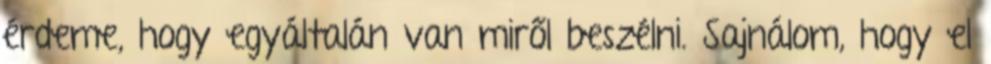
érdeme, hogy egyáltalán van miről beszélni. Sajnálom, hogy el